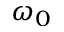
\omega _ { 0 }